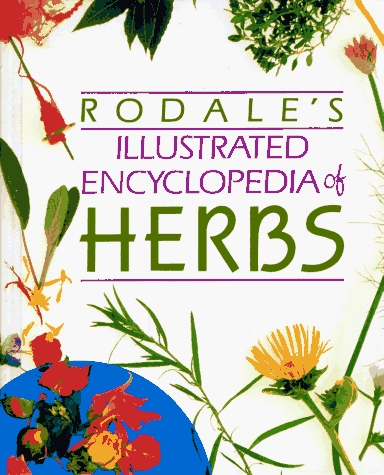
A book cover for Rodale's Illustrated Encyclopedia of Herbs; Claire Kowalchik; Crafts, Hobbies & Home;